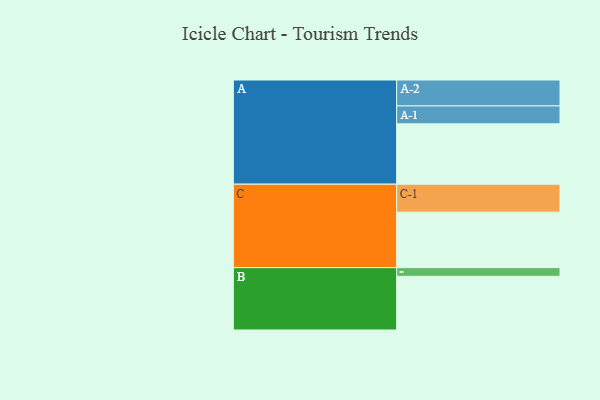
{"axis": {"x": "Segment", "y": "Value"}, "legend": ["", "A", "B", "C"], "data": [{"x": "A", "y": 535, "type": ""}, {"x": "B", "y": 476, "type": ""}, {"x": "C", "y": 492, "type": ""}, {"x": "A-1", "y": 159, "type": "A"}, {"x": "A-2", "y": 230, "type": "A"}, {"x": "B-1", "y": 77, "type": "B"}, {"x": "C-1", "y": 248, "type": "C"}]}